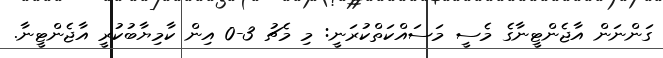
ގަންނަން އާޖެންޓީނާގެ މެސީ މަސައްކަތްކުރަނީ: މި މެޗު 3-0 އިން ކާމިޔާބުކުރީ އާޖެންޓީނާ.